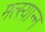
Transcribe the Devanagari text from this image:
मत्स्यान्न